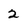
Character: 2